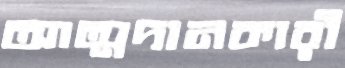
আত্মদানকারী